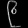
Digit: ၉